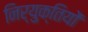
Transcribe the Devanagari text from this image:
निर्युक्तियों